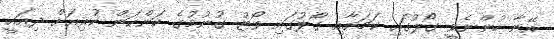
އޭނާ ހުންނެވީ ގޯލުގައި ކަމަށާއި ގޯލުގައި ވޯޓު ގުނުމުގެ ކަންކަން ކުރިއަށް ދިއައީ